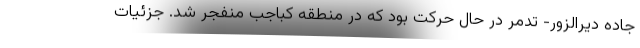
جاده دیرالزور- تدمر در حال حرکت بود که در منطقه کباجب منفجر شد. جزئیات